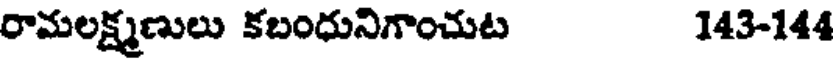
రామలక్ష్మణులు కబంధునిగాంచుట 143-144